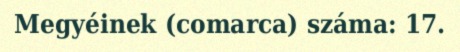
Megyéinek (comarca) száma: 17.